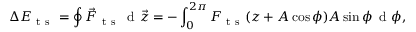
\Delta E _ { \mathrm { ~ t ~ s ~ } } = \oint \vec { F } _ { \mathrm { ~ t ~ s ~ } } \, \mathrm { ~ d ~ } \vec { z } = - \int _ { 0 } ^ { 2 \pi } F _ { \mathrm { ~ t ~ s ~ } } ( z + A \cos { \phi } ) A \sin { \phi } \, \mathrm { ~ d ~ } \phi ,